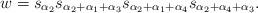
LaTeX: \begin{align*} w = s_{\alpha_2}s_{\alpha_2 + \alpha_1 + \alpha_3}s_{\alpha_2 + \alpha_1 + \alpha_4}s_{\alpha_2 + \alpha_4 + \alpha_3}.\end{align*}